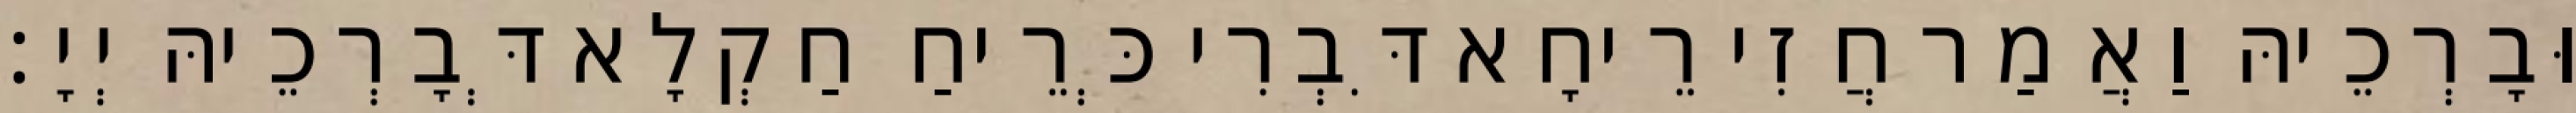
וּבָרְכֵיהּ וַאֲמַר חֲזִי רֵיחָא דִּבְרִי כְּרֵיחַ חַקְלָא דְּבָרְכֵיהּ יְיָ׃